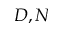
D , N